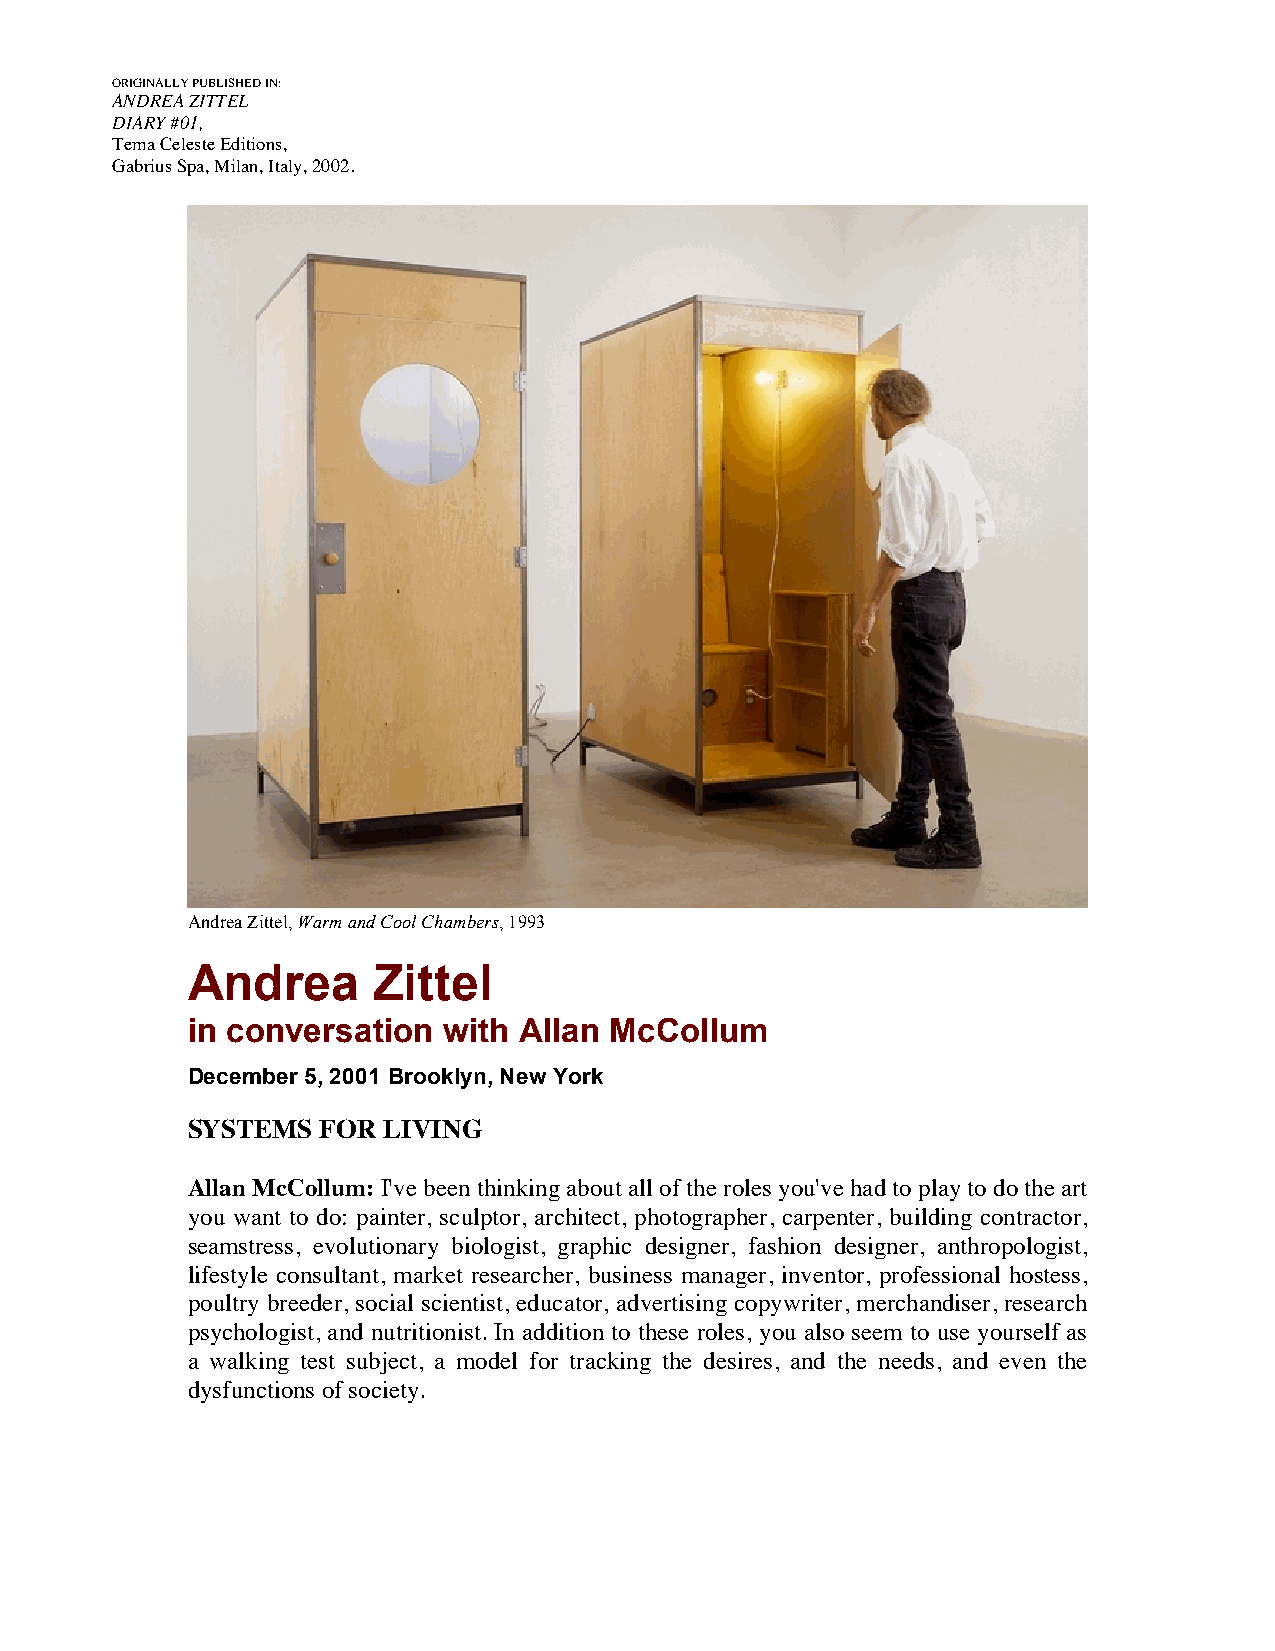
ORIGINALLY PUBLISHED IN:
 ANDREA ZITTEL
 DIARY #01,
 Tema Celeste Editions,
 Gabrius Spa, Milan, Italy, 2002.
 Andrea Zittel, Warm and Cool Chambers, 1993
 Andrea       Zittel
 in conversation  with Allan McCollum
 December 5, 2001 Brooklyn, New York
 SYSTEMS  FOR LIVING
 Allan McCollum: I've been thinking about all of the roles you've had to play to do the art
 you want to do: painter, sculptor, architect, photographer, carpenter, building contractor,
 seamstress, evolutionary biologist, graphic designer, fashion designer, anthropologist,
 lifestyle consultant, market researcher, business manager, inventor, professional hostess,
 poultry breeder, social scientist, educator, advertising copywriter, merchandiser, research
 psychologist, and nutritionist. In addition to these roles, you also seem to use yourself as
 a walking test subject, a model for tracking the desires, and the needs, and even the
 dysfunctions of society.